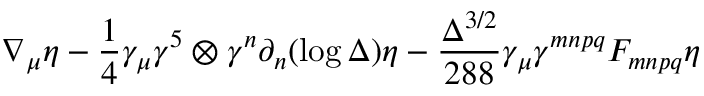
\nabla _ { \mu } \eta - \frac { 1 } { 4 } \gamma _ { \mu } \gamma ^ { 5 } \otimes \gamma ^ { n } \partial _ { n } ( \log \Delta ) \eta - \frac { \Delta ^ { 3 / 2 } } { 2 8 8 } \gamma _ { \mu } \gamma ^ { m n p q } F _ { m n p q } \eta \,